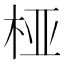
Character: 桠